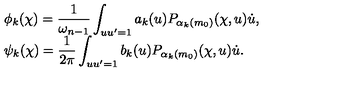
\begin{array} { l } { \phi _ { k } ( \chi ) = \displaystyle \frac { 1 } { \omega _ { n - 1 } } \int _ { u u ^ { \prime } = 1 } a _ { k } ( u ) P _ { \alpha _ { k } ( m _ { 0 } ) } ( \chi , u ) \dot { u } , } \\ { \psi _ { k } ( \chi ) = \displaystyle \frac { 1 } { 2 \pi } \int _ { u u ^ { \prime } = 1 } b _ { k } ( u ) P _ { \alpha _ { k } ( m _ { 0 } ) } ( \chi , u ) \dot { u } . } \\ \end{array}